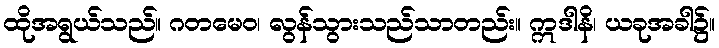
ထိုအရွယ်သည်။ ဂတမေဝ၊ လွန်သွားသည်သာတည်း။ ဣဒါနိ၊ ယခုအခါ၌။